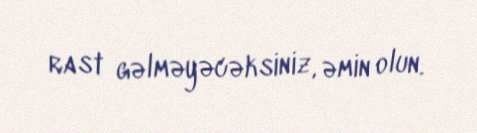
rast gəlməyəcəksiniz, əmin olun.